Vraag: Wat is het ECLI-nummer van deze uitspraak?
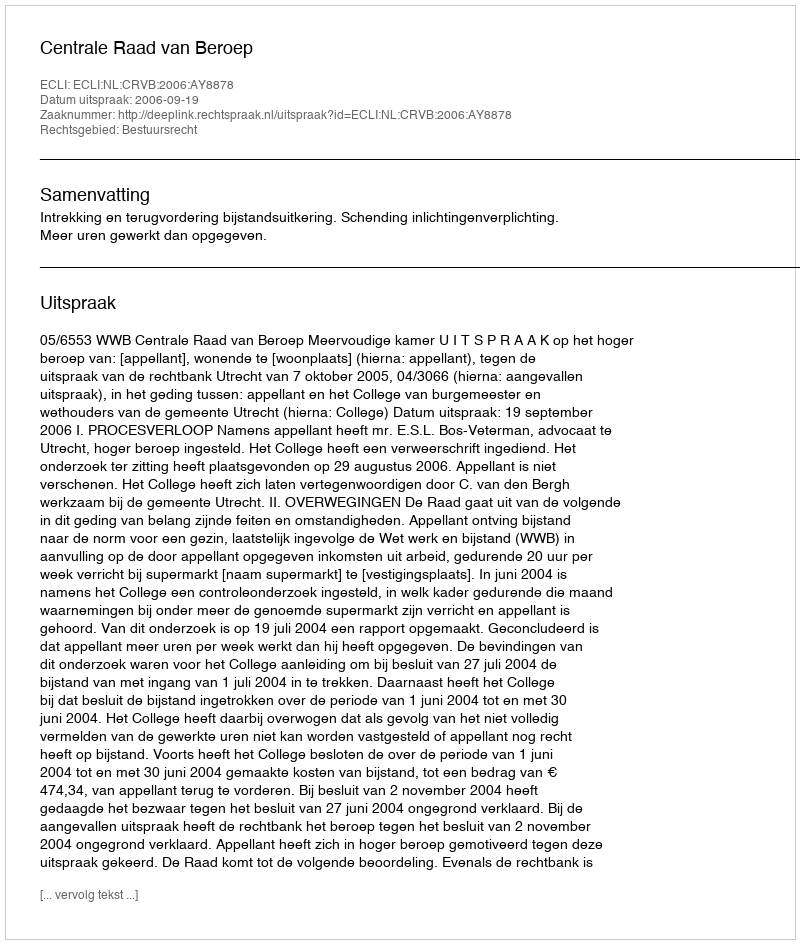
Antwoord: ECLI:NL:CRVB:2006:AY8878